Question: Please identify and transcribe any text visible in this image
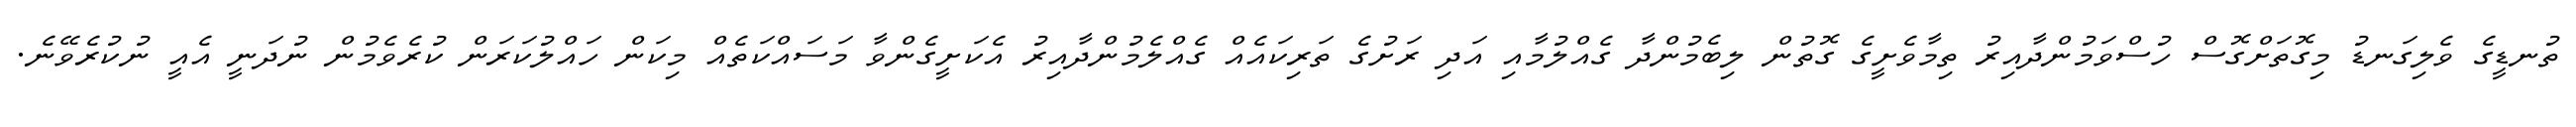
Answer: ތުނޑީގެ ވެލިގަނޑު މިގޮތަށްގޮސް ހުސްވަމުންދާއިރު ތިމާވެށީގެ ގޮތުން ލިބެމުންދާ ގެއްލުމާއި އަދި ރަށުގެ ތަރިކައެއް ގެއްލެމުންދާއިރު އެކަށީގެންވާ މަސައްކަތެއް މިކަން ހައްލުކަރަން ކުރެވެމުން ނުދަނީ އެއީ ނުކުރެވޭނެ.